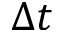
\Delta t